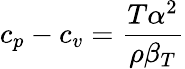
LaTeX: c_{p}-c_{v}={\frac{T\alpha^{2}}{\rho\beta_{T}}}